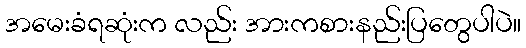
အမေးခံရဆုံးက လည်း အားကစားနည်းပြတွေပါပဲ။